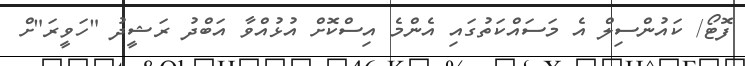
ފޮޓޯ/ ކައުންސިލް އެ މަސައްކަތުގައި އެންމެ އިސްކޮށް އުޅުއްވާ އަބްދު ރަޝީދު "ހަވީރަ"ށް